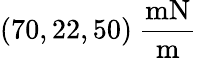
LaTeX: (70,22,50)\mathrm{~\frac{mN}{m}}